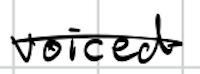
Text: voiced
Cross-out: single-line
Writing tool: digital_black